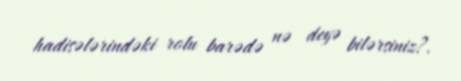
hadisələrindəki rolu barədə nə deyə bilərsiniz?.